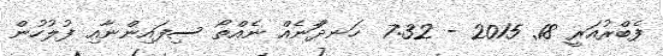
ފެބްރުއަރީ 18